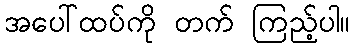
အပေါ်ထပ်ကို တက် ကြည့်ပါ။